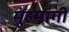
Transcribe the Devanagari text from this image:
मुंहमांगी